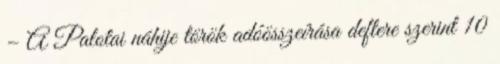
– A Palotai náhije török adóösszeírása deftere szerint 10